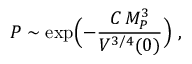
P \sim \exp \Bigl ( - { \frac { C \, M _ { P } ^ { 3 } } { V ^ { 3 / 4 } ( 0 ) } } \Bigr ) \ ,